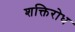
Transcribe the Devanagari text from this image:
शक्तिरोध